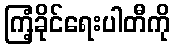
ကြံ့ခိုင်ရေးပါတီကို